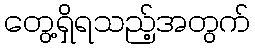
တွေ့ရှိရသည့်အတွက်